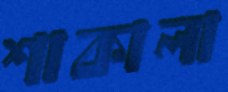
শাকালা